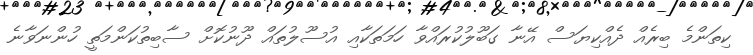
ކިތަންމެ ބިރެއް ދެއްކިޔަސް އޭނާ ގަބޫލުކުރައްވާ ހަމަތަކާއި އުސޫލުތައް ދޫނުކޮށް ސާބިތުކަންމަތީ ހުންނަވާނެ